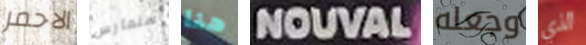
الاحمر سنمارس هنا NOUVAL وجعله الذي